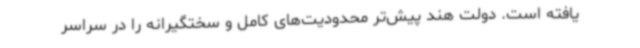
یافته است. دولت هند پیش‌تر محدودیت‌های کامل و سختگیرانه را در سراسر